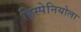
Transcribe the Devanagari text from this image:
हिस्पेनियोला